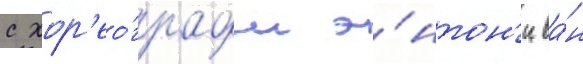
с хор'ео́графом э́нтон'и ва́н